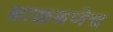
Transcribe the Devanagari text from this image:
बाळगणेच